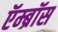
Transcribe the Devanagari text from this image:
ऍम्ब्रॉस